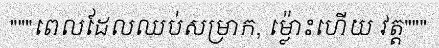
"""ពេលដែលឈប់សម្រាក, ម្ល៉ោះហើយ វត្ត"""